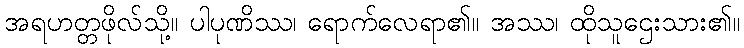
အရဟတ္တဖိုလ်သို့။ ပါပုဏိဿ၊ ရောက်လေရာ၏။ အဿ၊ ထိုသူဌေးသား၏။